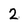
Character: 2